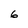
Character: 6